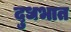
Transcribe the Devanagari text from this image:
दुधभात